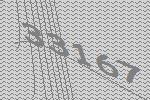
33167